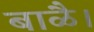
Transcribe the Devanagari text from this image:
बाळै।